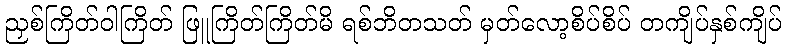
ညှစ်ကြိတ်ဝါကြိတ် ဖြူကြိတ်ကြိတ်မိ ရစ်ဘိတသတ် မှတ်လော့စိပ်စိပ် တကျိပ်နှစ်ကျိပ်